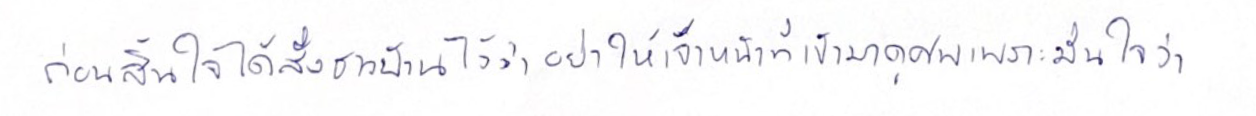
ก่อนสิ้นใจได้สั่งชาวบ้านไว้ว่าอย่าให้เจ้าหน้าที่เข้ามาดูศพเพราะมั่นใจว่า